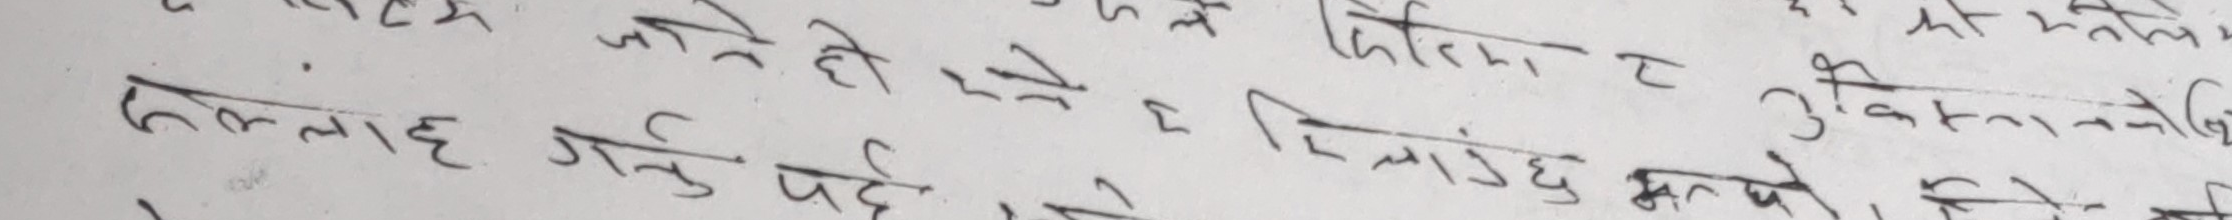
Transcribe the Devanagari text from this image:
जाने हो रहने ट फिलिना ट उक्तको मतले
सल्लाह गर्नु पर्छ वाहेक